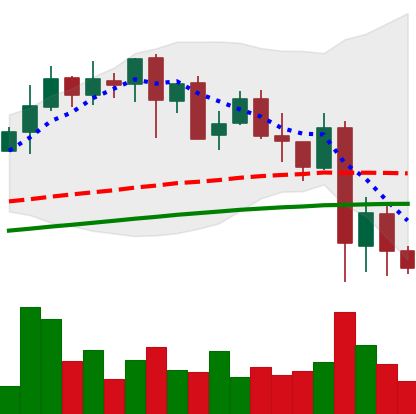
Ticker: LINK-USD
Chart end date: 2021-05-22
Forward return: 35.302%
Label: up_7plus